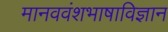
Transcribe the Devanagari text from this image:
मानववंशभाषाविज्ञान